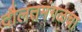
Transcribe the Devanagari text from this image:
दौलतमंगळचा